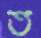
ত